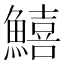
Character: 鱚